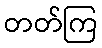
တတ်ကြ